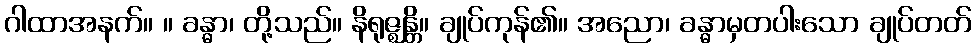
ဂါထာအနက်။ ။ ခန္ဓာ၊ တို့သည်။ နိရုဇ္ဈန္တိ။ ချုပ်ကုန်၏။ အညော၊ ခန္ဓာမှတပါးသော ချုပ်တတ်